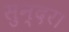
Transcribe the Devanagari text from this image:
सुन्दर।